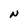
Character: N